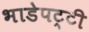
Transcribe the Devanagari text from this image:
भाडेपट्टी